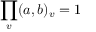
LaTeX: \prod _ { v } ( a , b ) _ { v } = 1